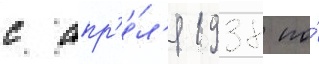
с апр'е́л'я 1938 по́